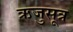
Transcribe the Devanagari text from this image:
ऋजुसूत्र